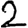
Digit: 2